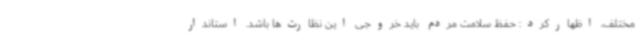
مختلف، اظهارکرد: حفظ سلامت مردم باید خروجی این نظارت‌ها باشد. استاندار